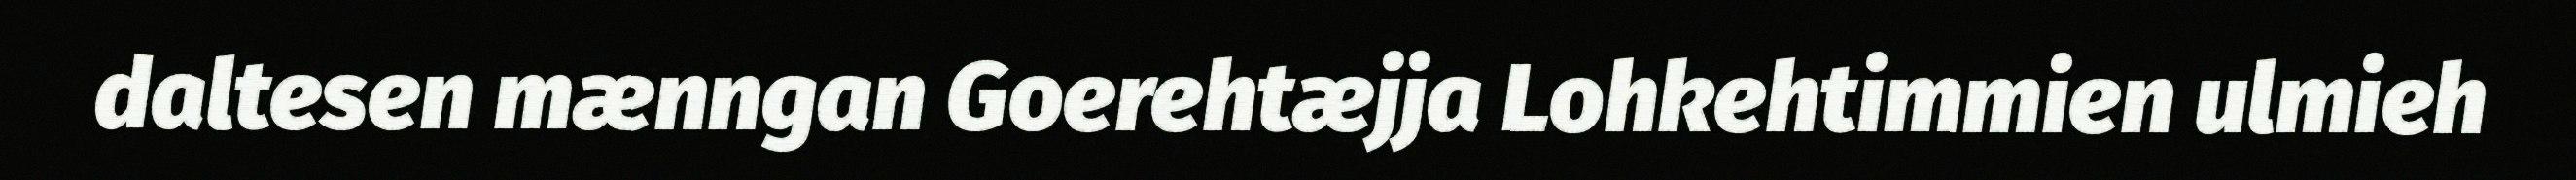
daltesen mænngan Goerehtæjja Lohkehtimmien ulmieh